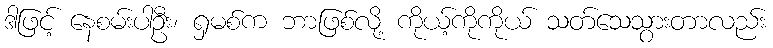
ဒါဖြင့် နေစမ်းပါဦး၊ ရှမစ်က ဘာဖြစ်လို့ ကိုယ့်ကိုကိုယ် သတ်သေသွားတာလည်း